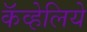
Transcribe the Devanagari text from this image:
कॅव्हेलिये